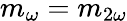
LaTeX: m_{\omega}=m_{2\omega}